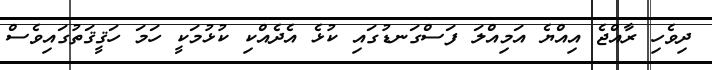
ދިވެހި ރާއްޖެ އިއްޔެ އަމިއްލަ ފަސްގަނޑުގައި ކުޅެ އެދެއްކި ކުޅުމަކީ ހަމަ ހަޤީޤަތުގައިވެސް